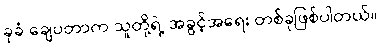
ခုခံ ချေပတာက သူတို့ရဲ့ အခွင့်အရေး တစ်ခုဖြစ်ပါတယ်။